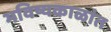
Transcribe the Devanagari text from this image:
भविष्यकाळांत